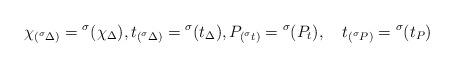
LaTeX: \begin{align*} \chi_{({}^\sigma\Delta)} = {}^\sigma(\chi_\Delta), t_{({}^\sigma\Delta)} = {}^\sigma(t_\Delta), P_{({}^\sigma t)} = {}^\sigma(P_t), \quad t_{({}^\sigma P)} = {}^\sigma(t_P)\end{align*}